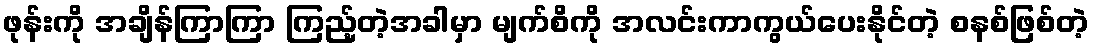
ဖုန်းကို အချိန်ကြာကြာ ကြည့်တဲ့အခါမှာ မျက်စိကို အလင်းကာကွယ်ပေးနိုင်တဲ့ စနစ်ဖြစ်တဲ့